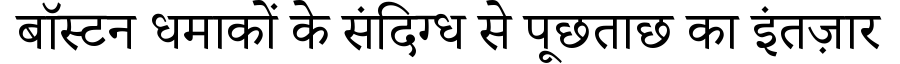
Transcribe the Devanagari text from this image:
बॉस्टन धमाकों के संदिग्ध से पूछताछ का इंतज़ार